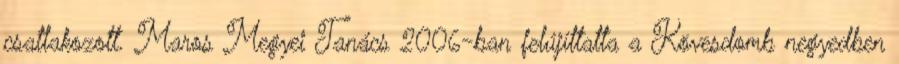
csatlakozott. Maros Megyei Tanács 2006-ban felújíttatta a Kövesdomb negyedben